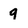
Character: 9